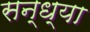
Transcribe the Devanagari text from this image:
सन्‍ध्‍या